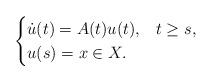
LaTeX: \begin{align*}\begin{cases}\dot{u}(t)=A(t)u(t),&t\geq s,\\u(s)=x \in X.\end{cases}\end{align*}